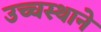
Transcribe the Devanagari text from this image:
उच्चस्थाने